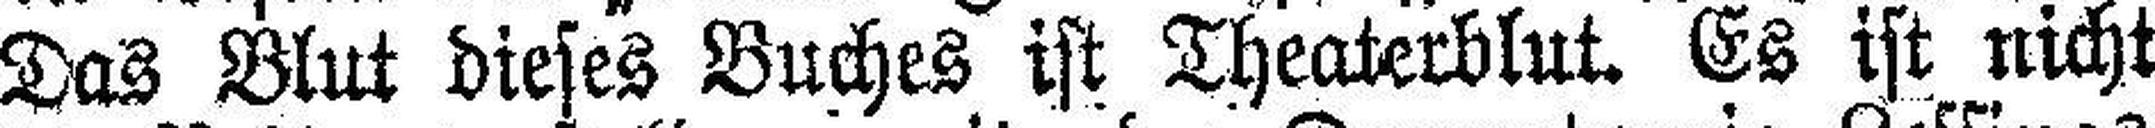
Das Blut dieses Buches ist Theaterblut. Es ist nicht